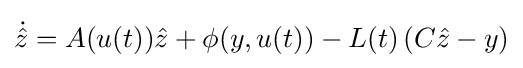
{\dot {\hat {z}}}=A(u(t)){\hat {z}}+\phi (y,u(t))-L(t)\left(C{\hat {z}}-y\right)